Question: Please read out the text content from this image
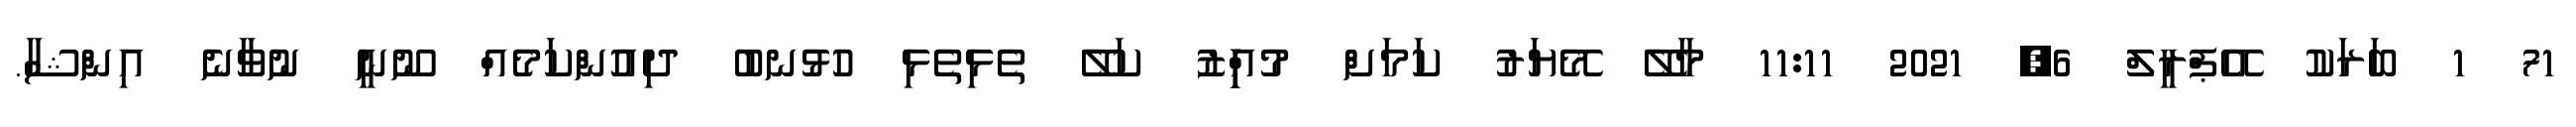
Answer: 71 1 ބަރަކު އޭޕްރީލް 6, 2021 11:11 މާލޭ މޭޔަރު ކަމަށް މުއިިިިިްޒު ކަލޭ ތެޅިތެޅި ހުޅުނބު ދިއުންކަމެއް ނޫނީ ނުވާނެ އިންޝާ.